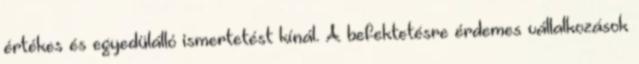
értékes és egyedülálló ismertetést kínál. A befektetésre érdemes vállalkozások